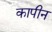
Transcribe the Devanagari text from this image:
कापीन